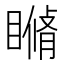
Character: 𥊕